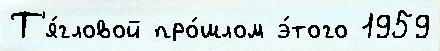
Т'я́гловой про́шлом э́того 1959